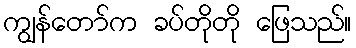
ကျွန်တော်က ခပ်တိုတို ဖြေသည်။